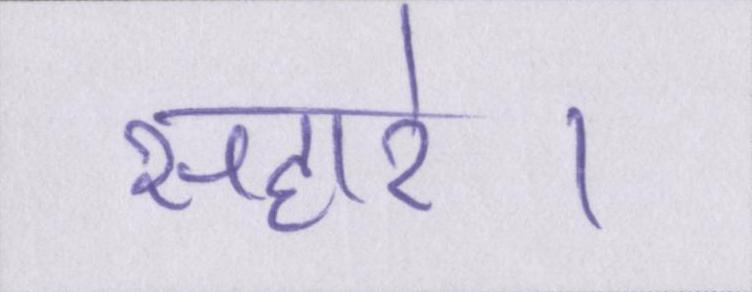
सहारे।